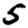
Digit: 5